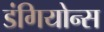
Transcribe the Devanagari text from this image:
डंगियोन्स